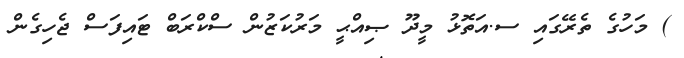
) މަހުގެ ތެރޭގައި ސ.އަތޮޅު މީދޫ ޞިއްޙީ މަރުކަޒުން ސްކްރަބް ޓައިފަސް ޖެހިގެން